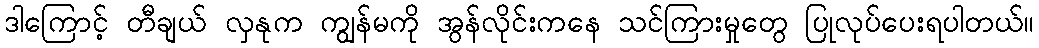
ဒါကြောင့် တီချယ် လှနုက ကျွန်မကို အွန်လိုင်းကနေ သင်ကြားမှုတွေ ပြုလုပ်ပေးရပါတယ်။